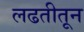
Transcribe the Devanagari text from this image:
लढतीतून